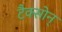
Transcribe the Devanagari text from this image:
टैक्सोन्